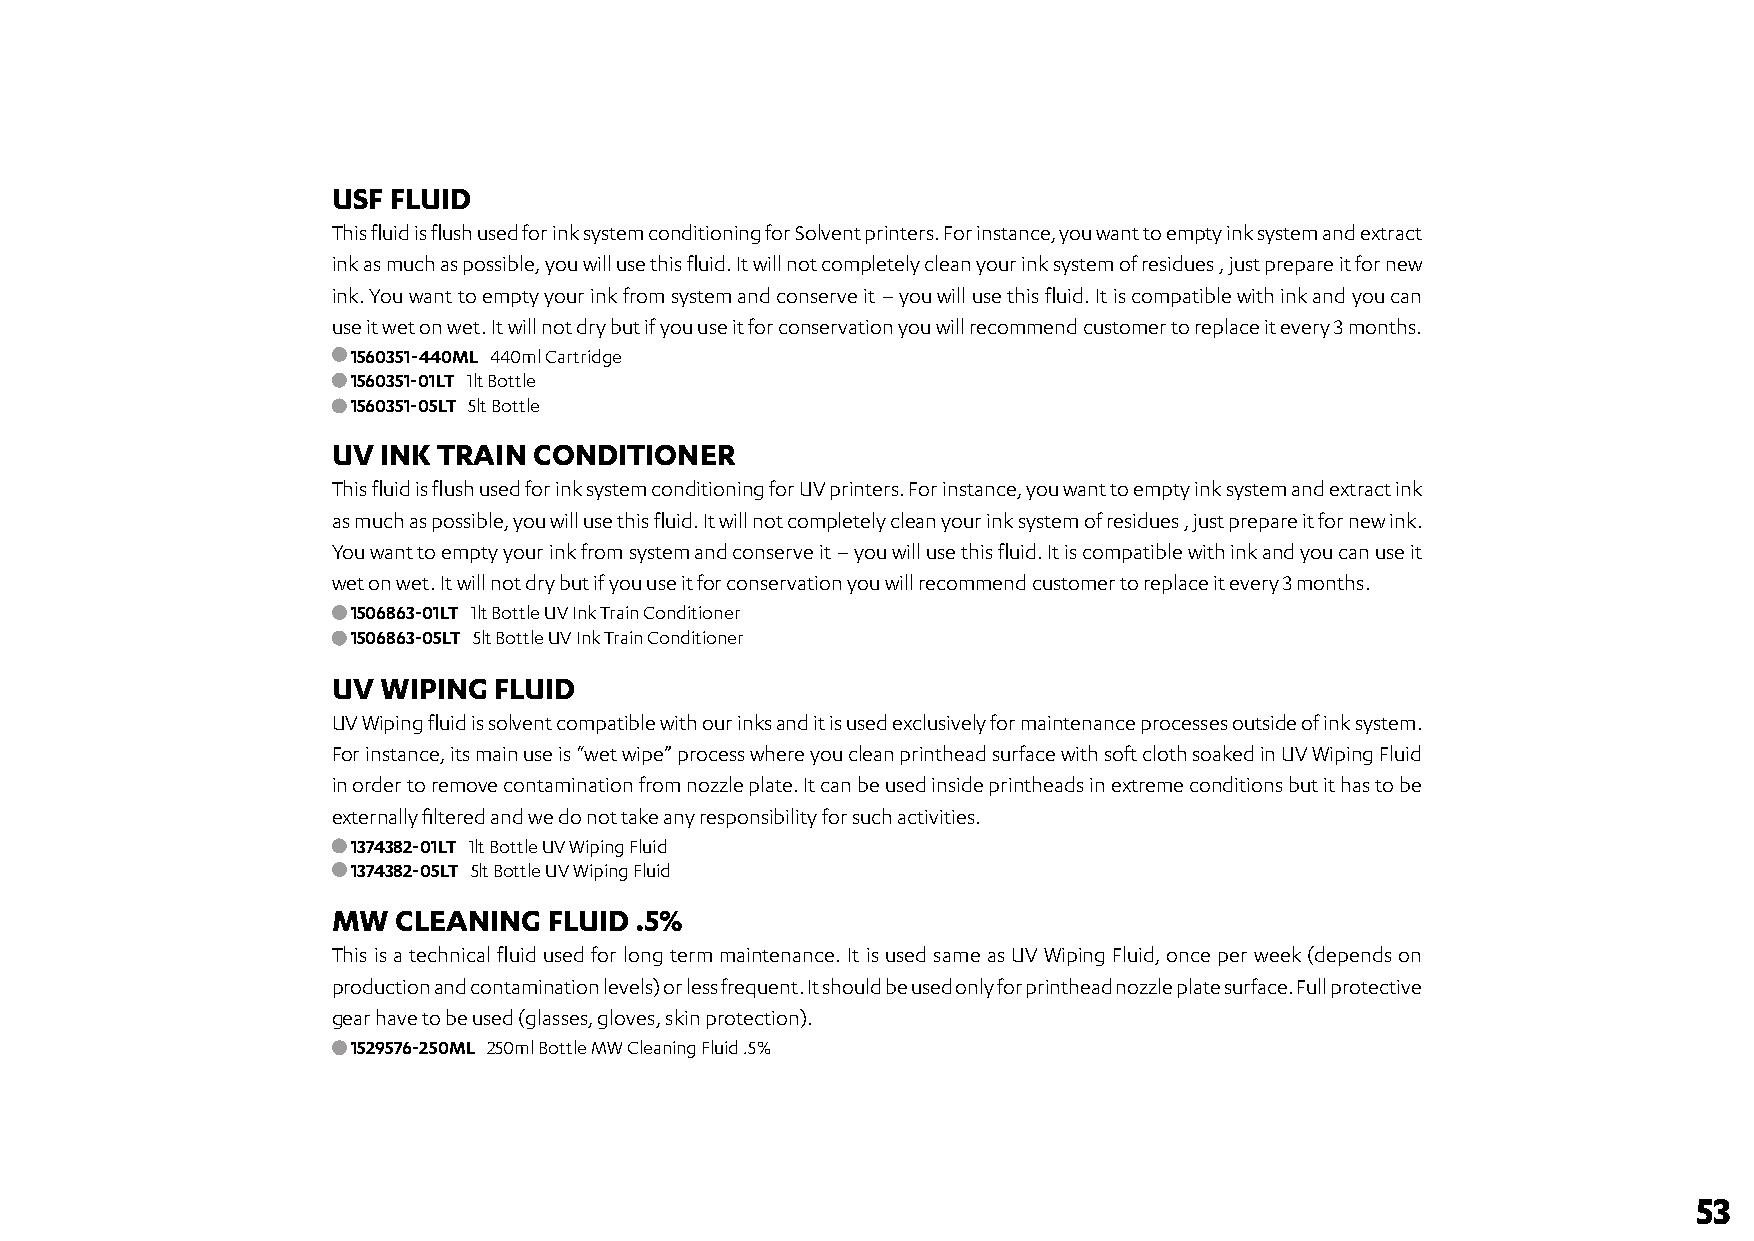
USF FLUID
 This fluid is flush used for ink system conditioning for Solvent printers. For instance, you want to empty ink system and extract
 ink as much as possible, you will use this fluid. It will not completely clean your ink system of residues , just prepare it for new
 ink. You want to empty your ink from system and conserve it – you will use this fluid. It is compatible with ink and you can
 use it wet on wet. It will not dry but if you use it for conservation you will recommend customer to replace it every 3 months.
 1560351-440ML 440ml Cartridge
 1560351-01LT 1lt Bottle
 1560351-05LT 5lt Bottle
 UV INK TRAIN CONDITIONER
 This fluid is flush used for ink system conditioning for UV printers. For instance, you want to empty ink system and extract ink
 as much as possible, you will use this fluid. It will not completely clean your ink system of residues , just prepare it for new ink.
 You want to empty your ink from system and conserve it – you will use this fluid. It is compatible with ink and you can use it
 wet on wet. It will not dry but if you use it for conservation you will recommend customer to replace it every 3 months.
 1506863-01LT 1lt Bottle UV Ink Train Conditioner
 1506863-05LT 5lt Bottle UV Ink Train Conditioner
 UV WIPING  FLUID
 UV Wiping fluid is solvent compatible with our inks and it is used exclusively for maintenance processes outside of ink system.
 For instance, its main use is “wet wipe” process where you clean printhead surface with soft cloth soaked in UV Wiping Fluid
 in order to remove contamination from nozzle plate. It can be used inside printheads in extreme conditions but it has to be
 externally filtered and we do not take any responsibility for such activities.
 1374382-01LT 1lt Bottle UV Wiping Fluid
 1374382-05LT 5lt Bottle UV Wiping Fluid
 MW  CLEANING  FLUID .5%
 This is a technical fluid used for long term maintenance. It is used same as UV Wiping Fluid, once per week (depends on
 production and contamination levels) or less frequent. It should be used only for printhead nozzle plate surface. Full protective
 gear have to be used (glasses, gloves, skin protection).
 1529576-250ML 250ml Bottle MW Cleaning Fluid .5%
 53